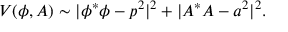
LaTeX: V ( \phi , A ) \sim | \phi ^ { * } \phi - p ^ { 2 } | ^ { 2 } + | A ^ { * } A - a ^ { 2 } | ^ { 2 } .